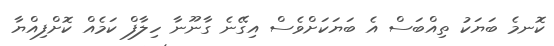
ކޮނމެ ބަޔަކު ތިއްބަސް އެ ބަޔަކަށްވެސް އިގޭނެ ގާނޫނާ ހިލާފް ކަމެއް ކޮށްފިއްޔާ